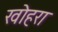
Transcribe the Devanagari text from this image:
खोहरा